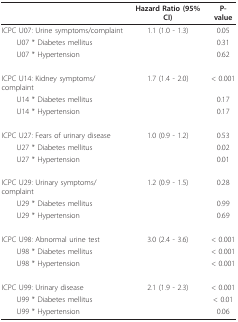
<table><thead><tr><td></td><td><b>Hazard Ratio (95% CI)</b></td><td><b>P-value</b></td></tr></thead><tbody><tr><td>ICPC U07: Urine symptoms/complaint</td><td>1.1 (1.0 - 1.3)</td><td>0.05</td></tr><tr><td> U07 * Diabetes mellitus</td><td></td><td>0.31</td></tr><tr><td> U07 * Hypertension</td><td></td><td>0.62</td></tr><tr><td>ICPC U14: Kidney symptoms/complaint</td><td>1.7 (1.4 - 2.0)</td><td>&lt; 0.001</td></tr><tr><td> U14 * Diabetes mellitus</td><td></td><td>0.17</td></tr><tr><td> U14 * Hypertension</td><td></td><td>0.17</td></tr><tr><td>ICPC U27: Fears of urinary disease</td><td>1.0 (0.9 - 1.2)</td><td>0.53</td></tr><tr><td> U27 * Diabetes mellitus</td><td></td><td>0.02</td></tr><tr><td> U27 * Hypertension</td><td></td><td>0.01</td></tr><tr><td>ICPC U29: Urinary symptoms/complaint</td><td>1.2 (0.9 - 1.5)</td><td>0.28</td></tr><tr><td> U29 * Diabetes mellitus</td><td></td><td>0.99</td></tr><tr><td> U29 * Hypertension</td><td></td><td>0.69</td></tr><tr><td>ICPC U98: Abnormal urine test</td><td>3.0 (2.4 - 3.6)</td><td>&lt; 0.001</td></tr><tr><td> U98 * Diabetes mellitus</td><td></td><td>&lt; 0.001</td></tr><tr><td> U98 * Hypertension</td><td></td><td>&lt; 0.001</td></tr><tr><td>ICPC U99: Urinary disease</td><td>2.1 (1.9 - 2.3)</td><td>&lt; 0.001</td></tr><tr><td> U99 * Diabetes mellitus</td><td></td><td>&lt; 0.01</td></tr><tr><td> U99 * Hypertension</td><td></td><td>0.06</td></tr></tbody></table>